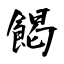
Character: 餲